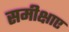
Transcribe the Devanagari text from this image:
समीक्षाए